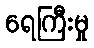
ရေကြီးမှု